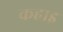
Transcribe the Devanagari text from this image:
कहाइ